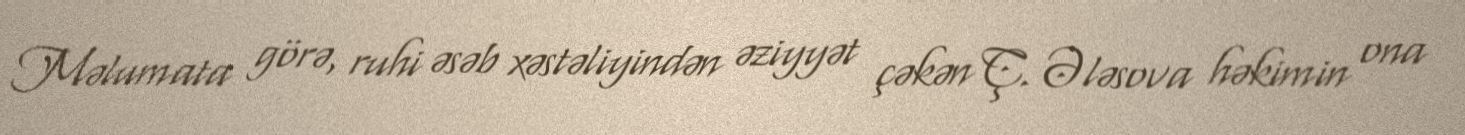
Məlumata görə, ruhi əsəb xəstəliyindən əziyyət çəkən Ç. Ələsova həkimin ona